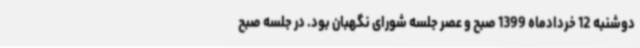
دوشنبه 12 خردادماه 1399 صبح و عصر جلسه شورای نگهبان بود. در جلسه صبح